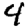
Digit: 4